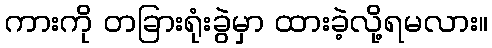
ကားကို တခြားရုံးခွဲမှာ ထားခဲ့လို့ရမလား။